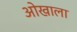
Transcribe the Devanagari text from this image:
ओखाला